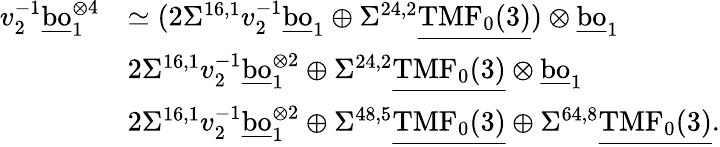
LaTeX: \begin{array}{rl}{v_{2}^{-1}\underline{{\mathrm{bo}}}_{1}^{\otimes{4}}}&{\simeq(2\Sigma^{16,1}v_{2}^{-1}\underline{{\mathrm{bo}}}_{1}\oplus\Sigma^{24,2}\underline{{\mathrm{TMF}_{0}(3)}})\otimes\underline{{\mathrm{bo}}}_{1}}\\ &{2\Sigma^{16,1}v_{2}^{-1}\underline{{\mathrm{bo}}}_{1}^{\otimes{2}}\oplus\Sigma^{24,2}\underline{{\mathrm{TMF}_{0}(3)}}\otimes\underline{{\mathrm{bo}}}_{1}}\\ &{2\Sigma^{16,1}v_{2}^{-1}\underline{{\mathrm{bo}}}_{1}^{\otimes{2}}\oplus\Sigma^{48,5}\underline{{\mathrm{TMF}_{0}(3)}}\oplus\Sigma^{64,8}\underline{{\mathrm{TMF}_{0}(3)}}.}\end{array}